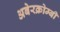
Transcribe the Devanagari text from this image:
अबेरक्रोम्बी